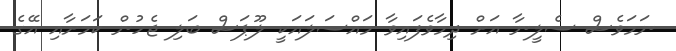
ނަމަވެސް ސެލީނާ އަށް ދިމާވެފައިވާ މައްސަލައަކީ ލޫޕަސް ބަލި ޖެހުން ކަމަށާއި އޭގެ